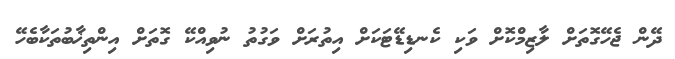
ދޭން ޖެހޭގޮތަށް ލާޒިމްކޮށް ވަކި ކެނޑިޑޭޓަކަށް އިތުރަށް ވަގުތު ނުވިއްކޭ ގޮތަށް އިންތިޚާބުތަކާބެހޭ